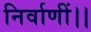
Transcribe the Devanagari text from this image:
निर्वाणीं।।